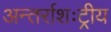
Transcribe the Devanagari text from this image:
अन्तर्राशःट्रीय